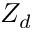
Z _ { d }